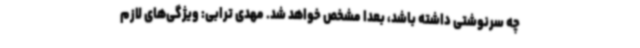
چه سرنوشتی داشته باشد، بعدا مشخص خواهد شد. مهدی ترابی: ویژگی‌های لازم